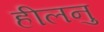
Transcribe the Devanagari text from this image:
हीलनु